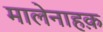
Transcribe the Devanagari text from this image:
मालेनाहक़